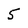
Character: 5